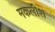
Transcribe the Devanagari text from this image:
मकलीश